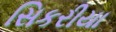
સિકરીયા